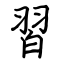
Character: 習